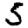
Digit: 5